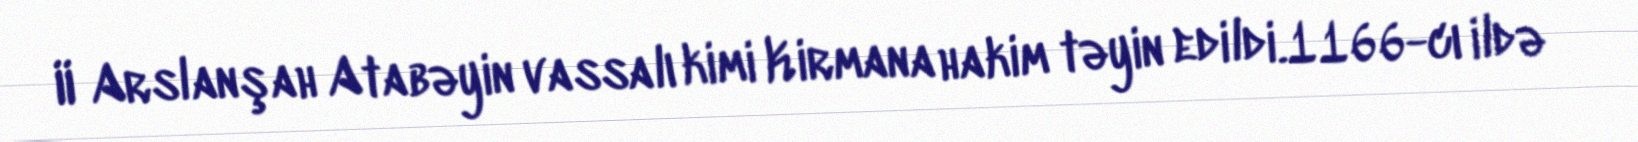
II Arslanşah Atabəyin vassalı kimi Kirmana hakim təyin edildi.1166-cı ildə